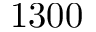
1 3 0 0